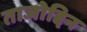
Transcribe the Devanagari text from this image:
ताजोद्दिन